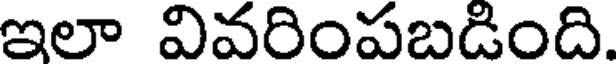
ఇలా వివరింపబడింది.